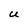
Character: U